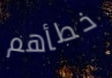
خطأهم